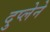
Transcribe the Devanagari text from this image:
दुप्लेने